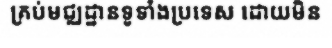
គ្រប់មជ្ឈដ្ឋានទូទាំងប្រទេស ដោយមិន